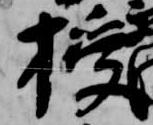
授